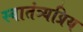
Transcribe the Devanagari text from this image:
स्वातंत्र्यप्रिय